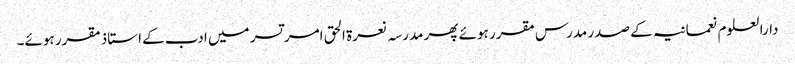
دارالعلوم نعمانیہ کے صدر مدرس مقرر ہوئے پھر مدرسہ نعرۃ الحق امر تسر میں ادب کے استاذ مقرر ہوئے۔